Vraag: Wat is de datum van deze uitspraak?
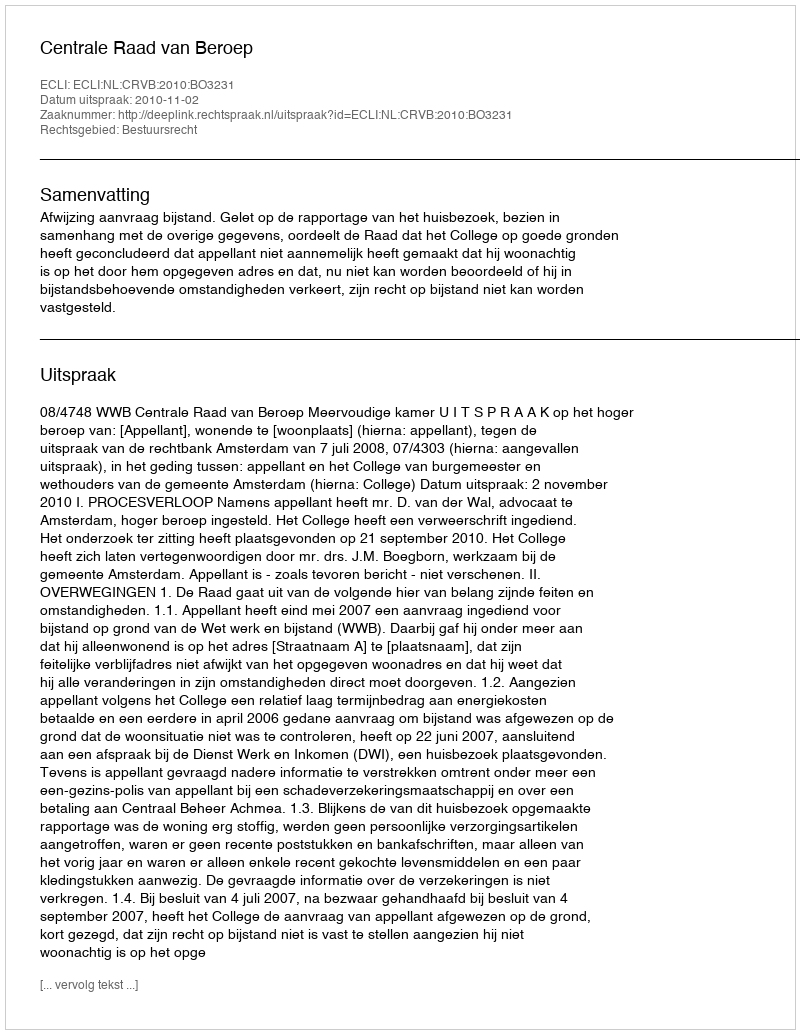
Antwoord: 2010-11-02